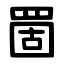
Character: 䍛